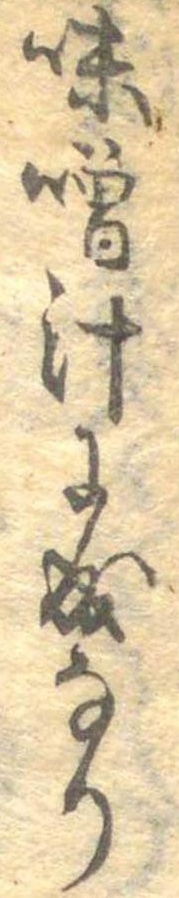
味噌汁に成なり